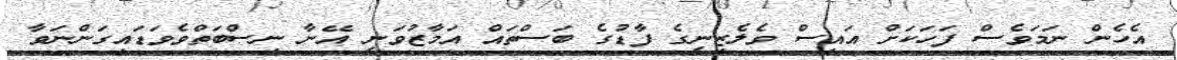
އެހެން ނަމަވެސް ފަހަކަށް އައިސް ވެލެޒިނީގެ ފާޑުގެ ބަސްތައް އަމާޒުވަނީ އޭނާ ނިސްބަތްވެވަޑައިގަންނަވާ